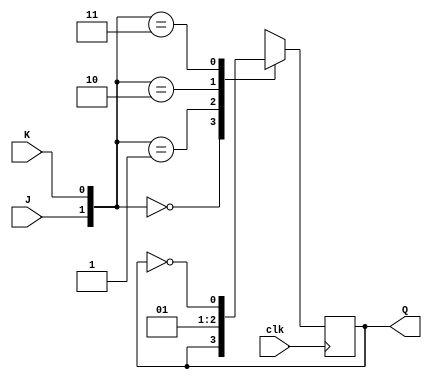
module JK_flip(J,K,clk,Q);
input J,K,clk;
output Q;
reg Q;
always @(posedge clk)
begin
    case({J,K})
    2'b00:Q=Q;
    2'b01:Q=0;
    2'b10:Q=1;
    2'b11:Q=~Q;
    endcase
end
endmodule
module JK_flip_tb;
reg J,K,clk;
wire Q;
JK_flip f1(J,K,clk,Q);
always #10 clk=~clk;
initial begin
    J=0;K=0;clk=0;
    $monitor("Time: %0t, J=%b, K=%b, clk=%b, Q=%b", $time,J,K,clk,Q);
    #10 J=0;K=0;
    #10 J=0; K=1;
    #10 J=1; K=0;
    #10 J=1; K=1;
    #10 $finish;
end 
endmodule